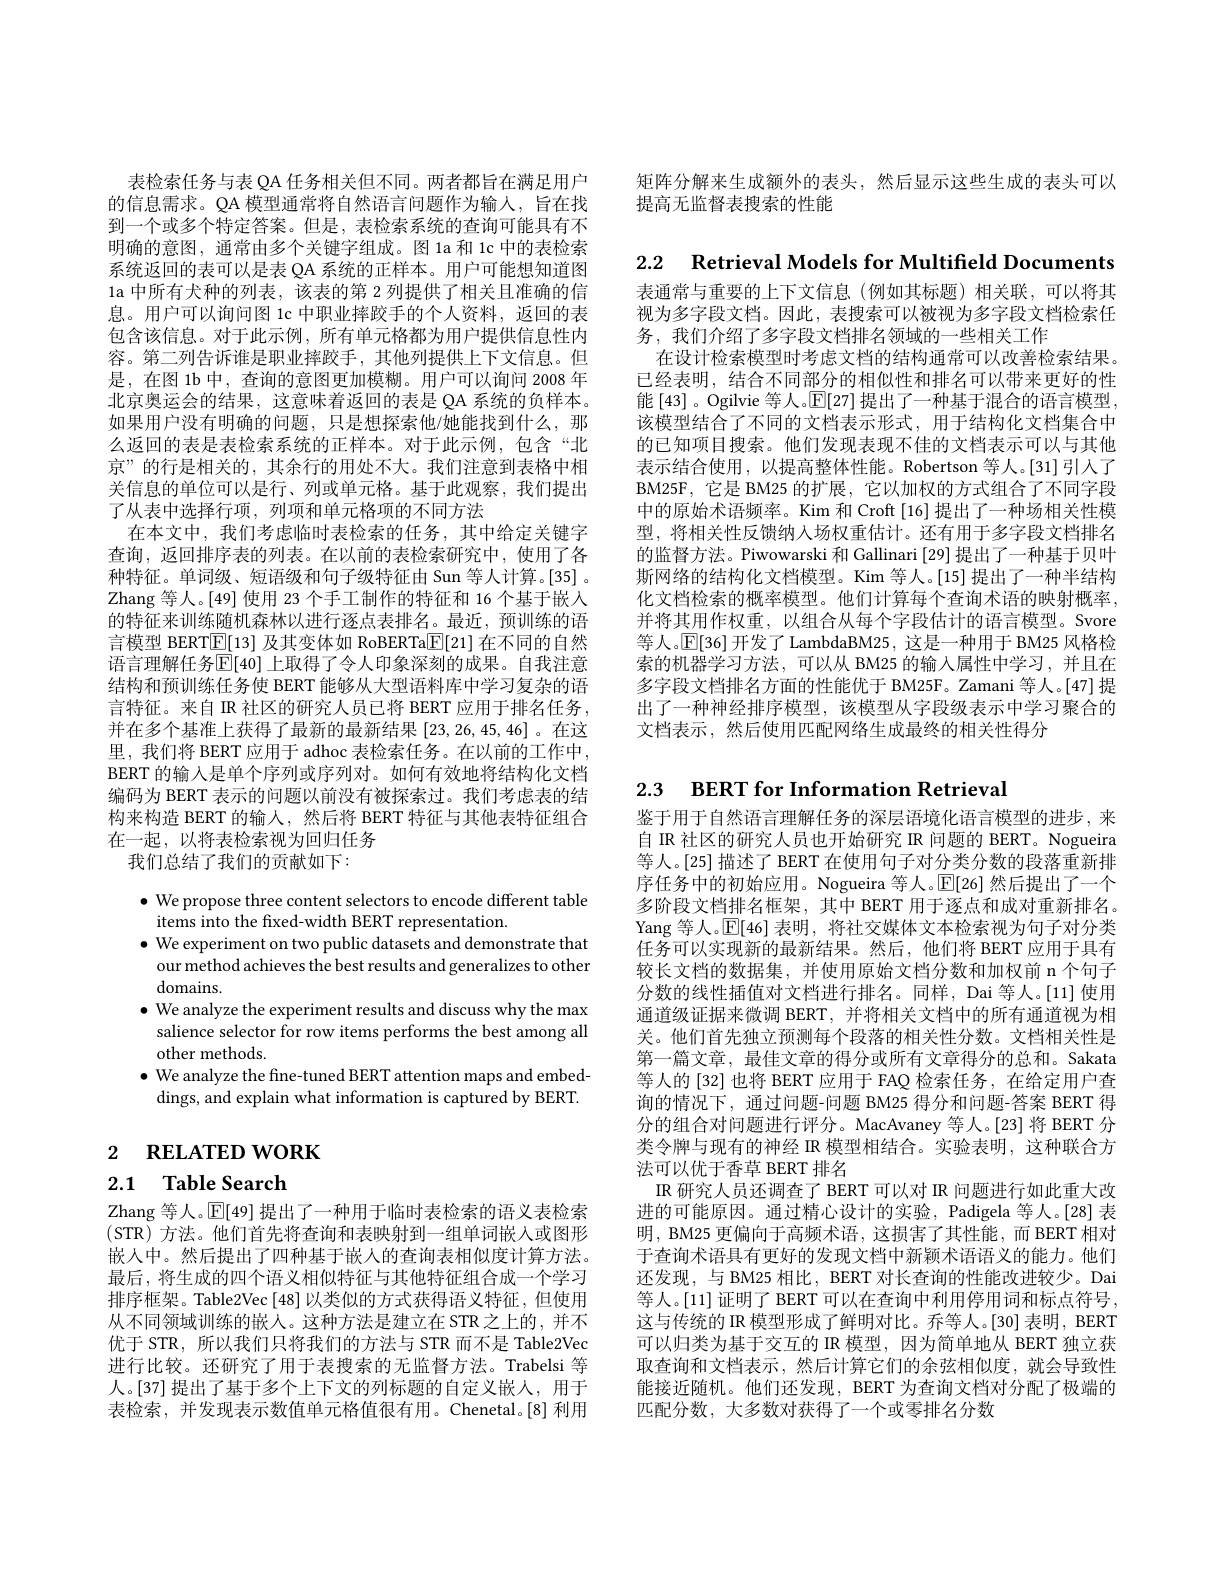
矩阵分解来生成额外的表头，然后显示这些生成的表头可以
提高无监督表搜索的性能

表检索任务与表 QA 任务相关但不同。两者都旨在满足用户的信息需求。QA 模型通常将自然语言问题作为输人，旨在找到一个或多个特定答案。但是，表检索系统的查询可能具有不明确的意图，通常由多个关键字组成。图 1a 和 1c 中的表检索系统返回的表可以是表 QA 系统的正样本。用户可能想知道图1a 中所有犬种的列表，该表的第 2 列提供了相关且准确的信息。用户可以询问图 1c 中职业摔跤手的个人资料，返回的表包含该信息。对于此示例，所有单元格都为用户提供信息性内容。第二列告诉谁是职业摔跤手，其他列提供上下文信息。但是，在图 1b 中，查询的意图更加模糊。用户可以询问 2008 年北京奧运会的结果，这意味着返回的表是 QA 系统的负样本。如果用户没有明确的问题，只是想探索他/她能找到什么，那么返回的表是表检索系统的正样本。对于此示例，包含“北京”的行是相关的，其余行的用处不大。我们注意到表格中相关信息的单位可以是行、列或单元格。基于此观察，我们提出了从表中选择行项，列项和单元格项的不同方法
在本文中，我们考虑临时表检索的任务，其中给定关键字查询，返回排序表的列表。在以前的表检索研究中，使用了各种特征。单词级、短语级和句子级特征由 Sun 等人计算。[35] 。Zhang 等人。[49] 使用 23 个手工制作的特征和 16 个基于嵌入的特征来训练随机森林以进行逐点表排名。最近，预训练的语言模型 BERT$\underline{\mathrm{E}}[13]$及其变体如 RoBERTa$\underline{\mathrm{E}}[21]$在不同的自然语言理解任务$\overline{\mathbb{E}}[40]$ 上取得了令人印象深刻的成果。自我注意结构和预训练任务使 BERT 能够从大型语料库中学习复杂的语言特征。来自 IR 社区的研究人员已将 BERT 应用于排名任务， 并在多个基准上获得了最新的最新结果[23,26,45,46]。在这里，我们将 BERT 应用于 adhoc 表检索任务。在以前的工作中， BERT 的输入是单个序列或序列对。如何有效地将结构化文档编码为 BERT 表示的问题以前没有被探索过。我们考虑表的结构来构造 BERT 的输入，然后将 BERT 特征与其他表特征组合在一起，以将表检索视为回归任务
我们总结了我们的贡献如下：

$\bullet$ We propose three content selectors to encode different table
items into the fixed-width BERT representation.
$\bullet$ We experiment on two public datasets and demonstrate that
our method achieves the best results and generalizes to other
domains.
$\bullet$ We analyze the experiment results and discuss why the max
salience selector for row items performs the best among all
other methods.
$\bullet$ We analyze the fine-tuned BERT attention maps and embed-
dings, and explain what information is captured by BERT.

2 $\textbf{RELATED WORK}$

# 2.1 Table Search

Zhang 等人。$\mathbb{E}[49]$提出了一种用于临时表检索的语义表检索(STR)方法。他们首先将查询和表映射到一组单词嵌入或图形嵌入中。然后提出了四种基于嵌人的查询表相似度计算方法。最后，将生成的四个语义相似特征与其他特征组合成一个学习排序框架。Table2Vec [48]以类似的方式获得语义特征，但使用从不同领域训练的嵌人。这种方法是建立在 STR之上的，并不优于 STR, 所以我们只将我们的方法与 STR 而不是 Table2Vec 进行比较。还研究了用于表搜索的无监督方法。Trabelsi 等人。[37] 提出了基于多个上下文的列标题的自定义嵌人，用于表检索，并发现表示数值单元格值很有用。Chenetal。[8] 利用

2.2 Retrieval Models for Multifield Documents

表通常与重要的上下文信息(例如其标题)相关联，可以将其视为多字段文档。因此，表搜索可以被视为多字段文档检索任务，我们介绍了多字段文档排名领域的一些相关工作
在设计检索模型时考虑文档的结构通常可以改善检索结果。已经表明，结合不同部分的相似性和排名可以带来更好的性能[43]。Ogilvie 等人。$\mathbb{E}[27]$ 提出了一种基于混合的语言模型该模型结合了不同的文档表示形式，用于结构化文档集合中的已知项目搜索。他们发现表现不佳的文档表示可以与其他表示结合使用，以提高整体性能。Robertson 等人。[31]引人了BM25F,它是 BM25 的扩展，它以加权的方式组合了不同字段中的原始术语频率。Kim 和 Croft [16] 提出了一种场相关性模型，将相关性反馈纳人场权重估计。还有用于多字段文档排名的监督方法。Piwowarski 和 Gallinari [29] 提出了一种基于贝叶斯网络的结构化文档模型。Kim 等人。[15] 提出了一种半结构化文档检索的概率模型。他们计算每个查询术语的映射概率， 并将其用作权重，以组合从每个字段估计的语言模型。Svore 等人。$\mathbb{E}[36]$开发了 LambdaBM25, 这是一种用于 BM25 风格检索的机器学习方法，可以从 BM25 的输入属性中学习，并且在多字段文档排名方面的性能优于 BM25F。Zamani 等人。[47] 提出了一种神经排序模型，该模型从字段级表示中学习聚合的文档表示，然后使用匹配网络生成最终的相关性得分

2.3 $\textbf{BERT for Information Retrieval}$

鉴于用于自然语言理解任务的深层语境化语言模型的进步，来自 IR 社区的研究人员也开始研究 IR 问题的 BERT。Nogueira 等人。[25] 描述了 BERT 在使用句子对分类分数的段落重新排序任务中的初始应用。Nogueira 等人。$\mathbb{E}[26]$然后提出了一个多阶段文档排名框架，其中 BERT 用于逐点和成对重新排名。Yang 等人。$\mathbb{E}[46]$表明，将社交媒体文本检索视为句子对分类任务可以实现新的最新结果。然后，他们将 BERT 应用于具有较长文档的数据集，并使用原始文档分数和加权前 n 个句子分数的线性插值对文档进行排名。同样，Dai 等人。[11] 使用通道级证据来微调 BERT,并将相关文档中的所有通道视为相关。他们首先独立预测每个段落的相关性分数。文档相关性是第一篇文章，最佳文章的得分或所有文章得分的总和。Sakata 等人的[32] 也将 BERT 应用于 FAQ 检索任务，在给定用户查询的情况下，通过问题-问题 BM25 得分和问题-答案 BERT 得分的组合对问题进行评分。MacAvaney 等人。[23] 将 BERT 分类令牌与现有的神经 IR 模型相结合。实验表明，这种联合方法可以优于香草 BERT 排名
IR 研究人员还调查了 BERT 可以对 IR 问题进行如此重大改进的可能原因。通过精心设计的实验，Padigela 等人。[28] 表明，BM25 更偏向于高频术语，这损害了其性能，而 BERT 相对于查询术语具有更好的发现文档中新颖术语语义的能力。他们还发现，与 BM25 相比，BERT 对长查询的性能改进较少。Dai 等人。[11] 证明了 BERT 可以在查询中利用停用词和标点符号， 这与传统的 IR 模型形成了鲜明对比。乔等人。[30] 表明，BERT 可以归类为基于交互的 IR 模型，因为简单地从 BERT 独立获取查询和文档表示，然后计算它们的余弦相似度，就会导致性能接近随机。他们还发现，BERT 为查询文档对分配了极端的匹配分数，大多数对获得了一个或零排名分数